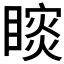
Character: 𰦁